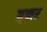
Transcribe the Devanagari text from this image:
ग्रूनर